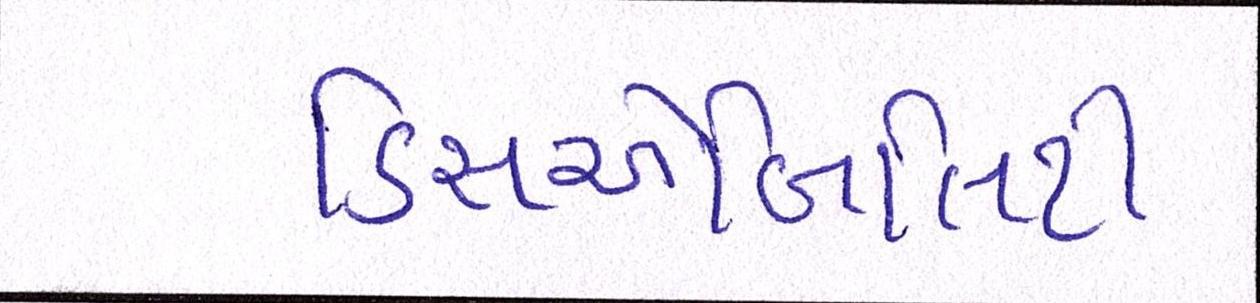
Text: ડિસએબિલિટી